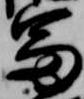
冨